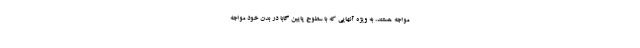
مواجه هستند، به ویژه آنهایی که با سطوح پایین گابا در بدن خود مواجه